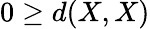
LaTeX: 0\geq d(X,X)